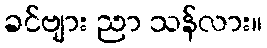
ခင်ဗျား ညာ သန်လား။